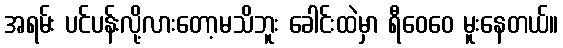
အရမ်း ပင်ပန်းလို့လားတော့မသိဘူး ခေါင်းထဲမှာ ရီဝေဝေ မူးနေတယ်။